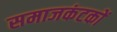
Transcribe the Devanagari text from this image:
समाजकंटकों